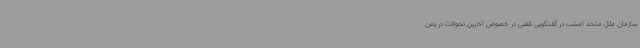
سازمان ملل متحد امشب در گفتگویی تلفنی در خصوص آخرین تحولات در یمن